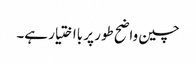
چین واضح طور پر بااختیار ہے۔